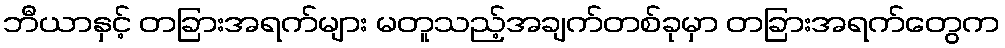
ဘီယာနှင့် တခြားအရက်များ မတူသည့်အချက်တစ်ခုမှာ တခြားအရက်တွေက